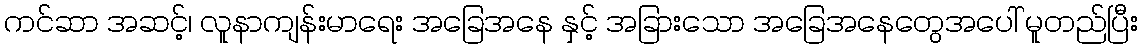
ကင်ဆာ အဆင့်၊ လူနာကျန်းမာရေး အခြေအနေ နှင့် အခြားသော အခြေအနေတွေအပေါ် မူတည်ပြီး